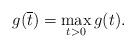
LaTeX: \begin{align*}g(\overline{t})=\mathop{\max}\limits_{t>0}g(t).\end{align*}